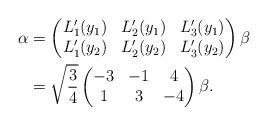
LaTeX: \begin{align*} \alpha &= \begin{pmatrix} L_1'(y_1) & L_2'(y_1) & L_3'(y_1) \\ L_1'(y_2) & L_2'(y_2) & L_3'(y_2) \end{pmatrix} \beta \\ &= \sqrt{\frac34}\begin{pmatrix} -3 & -1 & 4 \\ 1 & 3 & -4 \end{pmatrix}\beta.\end{align*}